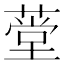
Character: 𬝾